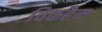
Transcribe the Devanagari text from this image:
विकहैम